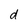
Character: d